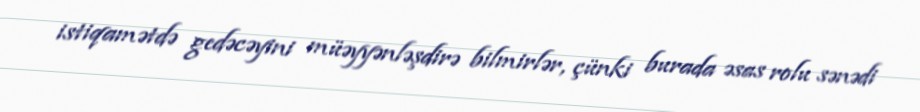
istiqamətdə gedəcəyini müəyyənləşdirə bilmirlər, çünki burada əsas rolu sənədi